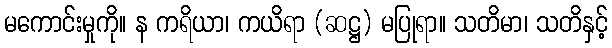
မကောင်းမှုကို။ န ကရိယာ၊ ကယိရာ (ဆဋ္ဌ) မပြုရာ။ သတိမာ၊ သတိနှင့်